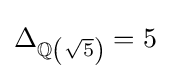
\Delta _{\mathbb {Q} \left(~\!\!{\sqrt {5}}\right)}=5